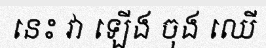
នេះ វា ឡើង ចុង ឈើ